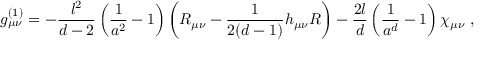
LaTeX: g _ { \mu \nu } ^ { ( 1 ) } = - { \frac { l ^ { 2 } } { d - 2 } } \left( { \frac { 1 } { a ^ { 2 } } } - 1 \right) \left( R _ { \mu \nu } - { \frac { 1 } { 2 ( d - 1 ) } } h _ { \mu \nu } R \right) - { \frac { 2 l } { d } } \left( { \frac { 1 } { a ^ { d } } } - 1 \right) \chi _ { \mu \nu } \ ,